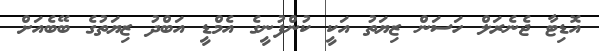
އޮޑިޓާ ޖެނެރަލް ހަސަން ޒިޔަތު އަކީ ކުންފުނީގެ އެމްޑީ އަބްދު ޒިޔަތުގެ ބޭބެއަށް